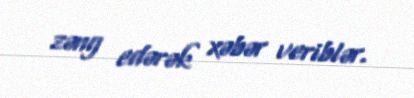
zəng edərək xəbər veriblər.